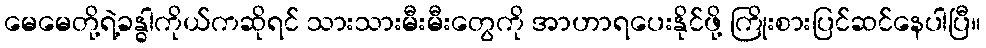
မေမေတို့ရဲ့ခန္ဓါကိုယ်ကဆိုရင် သားသားမီးမီးတွေကို အာဟာရပေးနိုင်ဖို့ ကြိုးစားပြင်ဆင်နေပါပြီ။